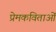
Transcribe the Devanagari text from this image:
प्रेमकविताओं